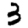
Digit: 3